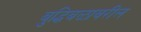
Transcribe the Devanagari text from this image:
बुद्धिबळावरील